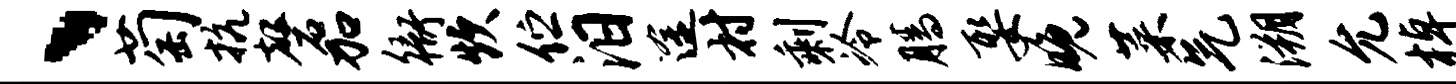
、萄抗磬加衙炊伫汨途村剩冷腾娶晚菜气溯允棹